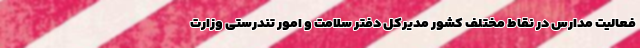
فعالیت مدارس در نقاط مختلف کشور مدیرکل دفتر سلامت و امور تندرستی وزارت